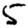
Digit: 5